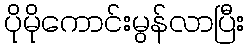
ပိုမိုကောင်းမွန်လာပြီး